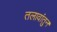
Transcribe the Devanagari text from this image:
तलावांतुन